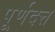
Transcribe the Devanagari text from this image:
पूर्णदत्त